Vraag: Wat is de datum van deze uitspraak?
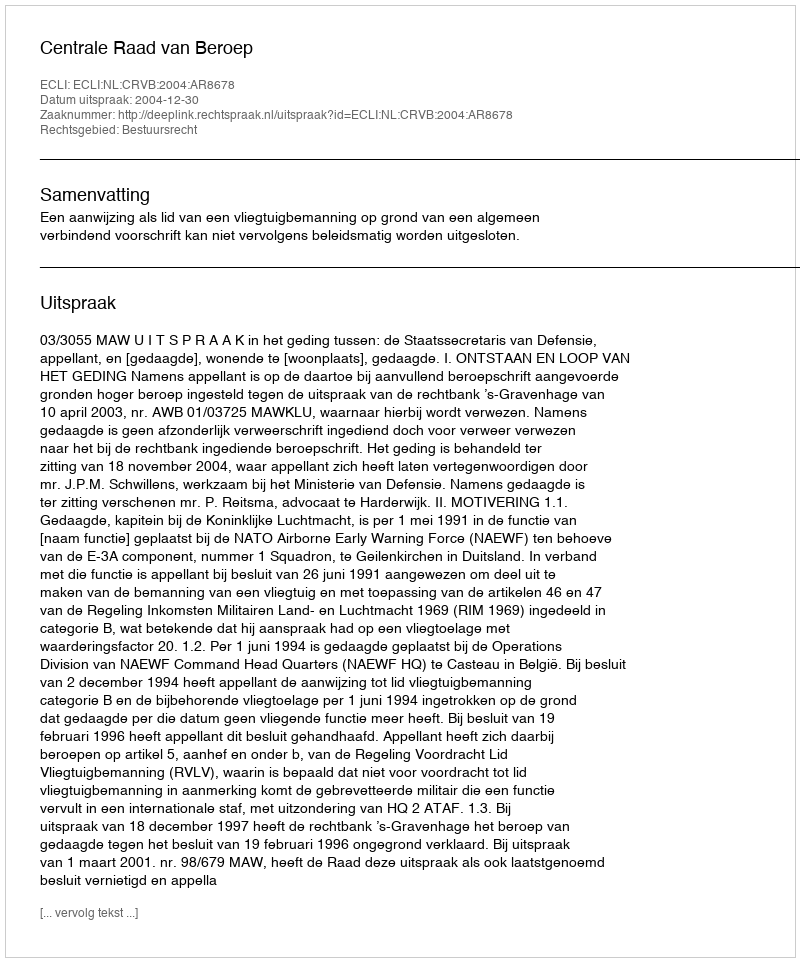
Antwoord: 2004-12-30